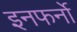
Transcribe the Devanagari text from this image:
इनफर्नो